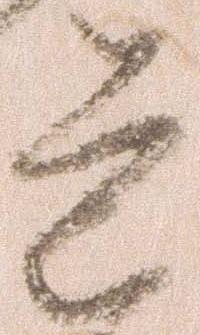
道